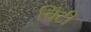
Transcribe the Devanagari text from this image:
चिंटी